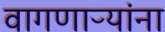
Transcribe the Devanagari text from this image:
वागणाऱ्यांना